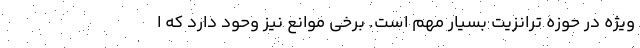
ویژه در حوزه ترانزیت بسیار مهم است. برخی موانع نیز وحود دارد که ا